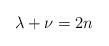
LaTeX: \begin{align*}\lambda+\nu = 2n\end{align*}